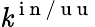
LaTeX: \mathit{k}^{\mathrm{{~i~n~/~u~u~}}}